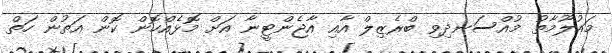
މައުލޫމާތު މުއްސަނދިވި ބްރެޒިލް އާއި އާޖެންޓީނާ އަށް މޮޅެއްހޮން ކޮން އަތުން ހަތް